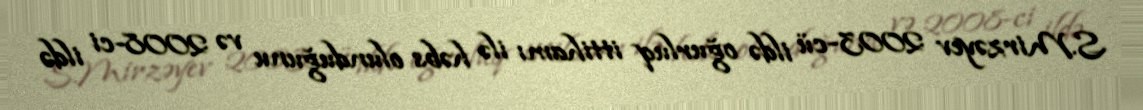
S.Mirzəyev 2003-cü ildə oğurluq ittihamı ilə həbs olunduğunu və 2008-ci ildə